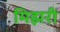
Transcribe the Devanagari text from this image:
मिझरी